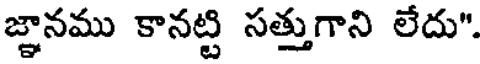
జ్ఞానము కానట్టి సత్తుగాని లేదు".